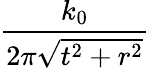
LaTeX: \frac{k_{0}}{2\pi\sqrt{t^{2}+r^{2}}}